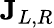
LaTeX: \mathbf{J}_{L,R}